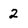
Character: 2